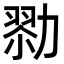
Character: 𠢜